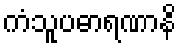
ကံသူပဓာရဏာနိ